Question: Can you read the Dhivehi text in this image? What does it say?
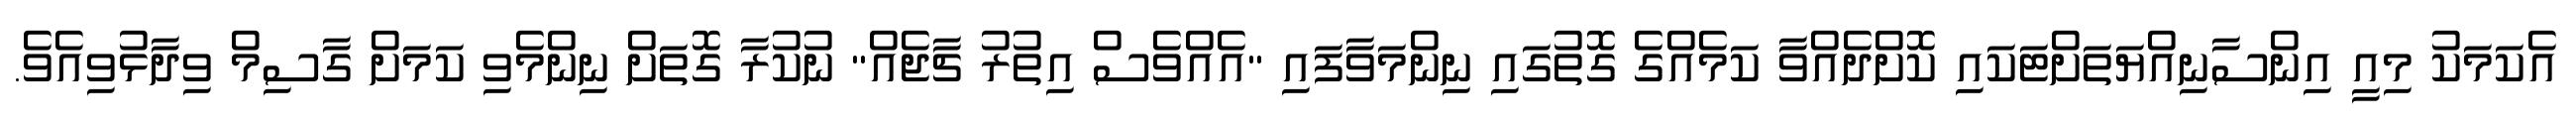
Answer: އެކަމަކު މިއީ އިންސާނިއްޔަތަށްޓަކައި ކޮށްދެއްވާ ކަމެއްގެ ގޮތުގައި ނިންމަވާފައި "އެއްވެސް އިތުރު ޗާޖެއް" ނުކުރާ ގޮތަށް ނިންމެވި ކަމަށް ގާސިމް ވިދާޅުވިއެވެ.